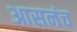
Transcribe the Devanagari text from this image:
आसनंच